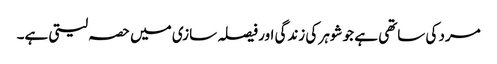
مرد کی ساتھی ہے جو شوہر کی زندگی اور فیصلہ سازی میں حصہ لیتی ہے۔